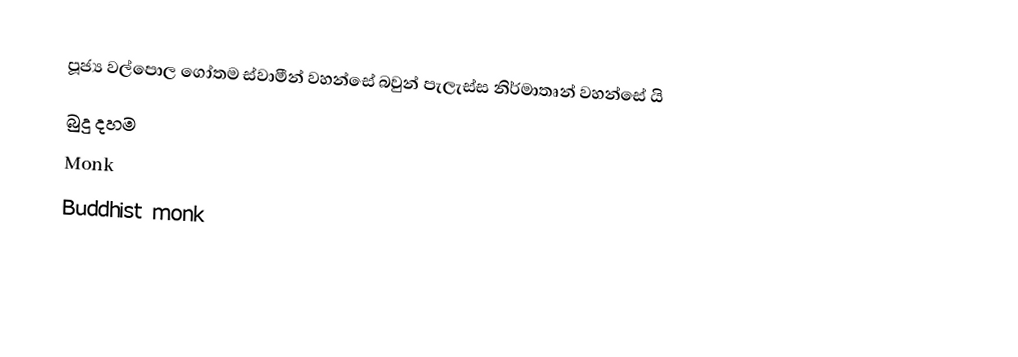
පූජ්‍ය වල්පොල ගෝතම ස්වාමීන් වහන්සේ බවුන් පැලැස්ස නිර්මාතෘන් වහන්සේ යි
බුදු දහම
Monk
Buddhist monk